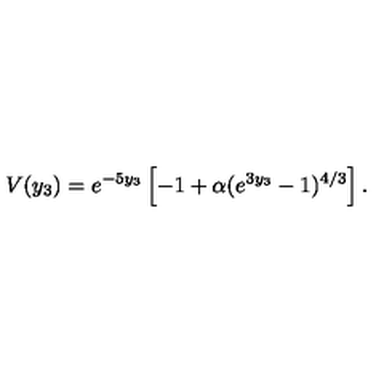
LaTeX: V ( y _ { 3 } ) = e ^ { - 5 y _ { 3 } } \left[ - 1 + \alpha ( e ^ { 3 y _ { 3 } } - 1 ) ^ { 4 / 3 } \right] .